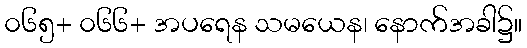
၀၆၅+ ၀၆၆+ အပရေန သမယေန၊ နောက်အခါ၌။